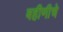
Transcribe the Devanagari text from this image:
बहीणीचे